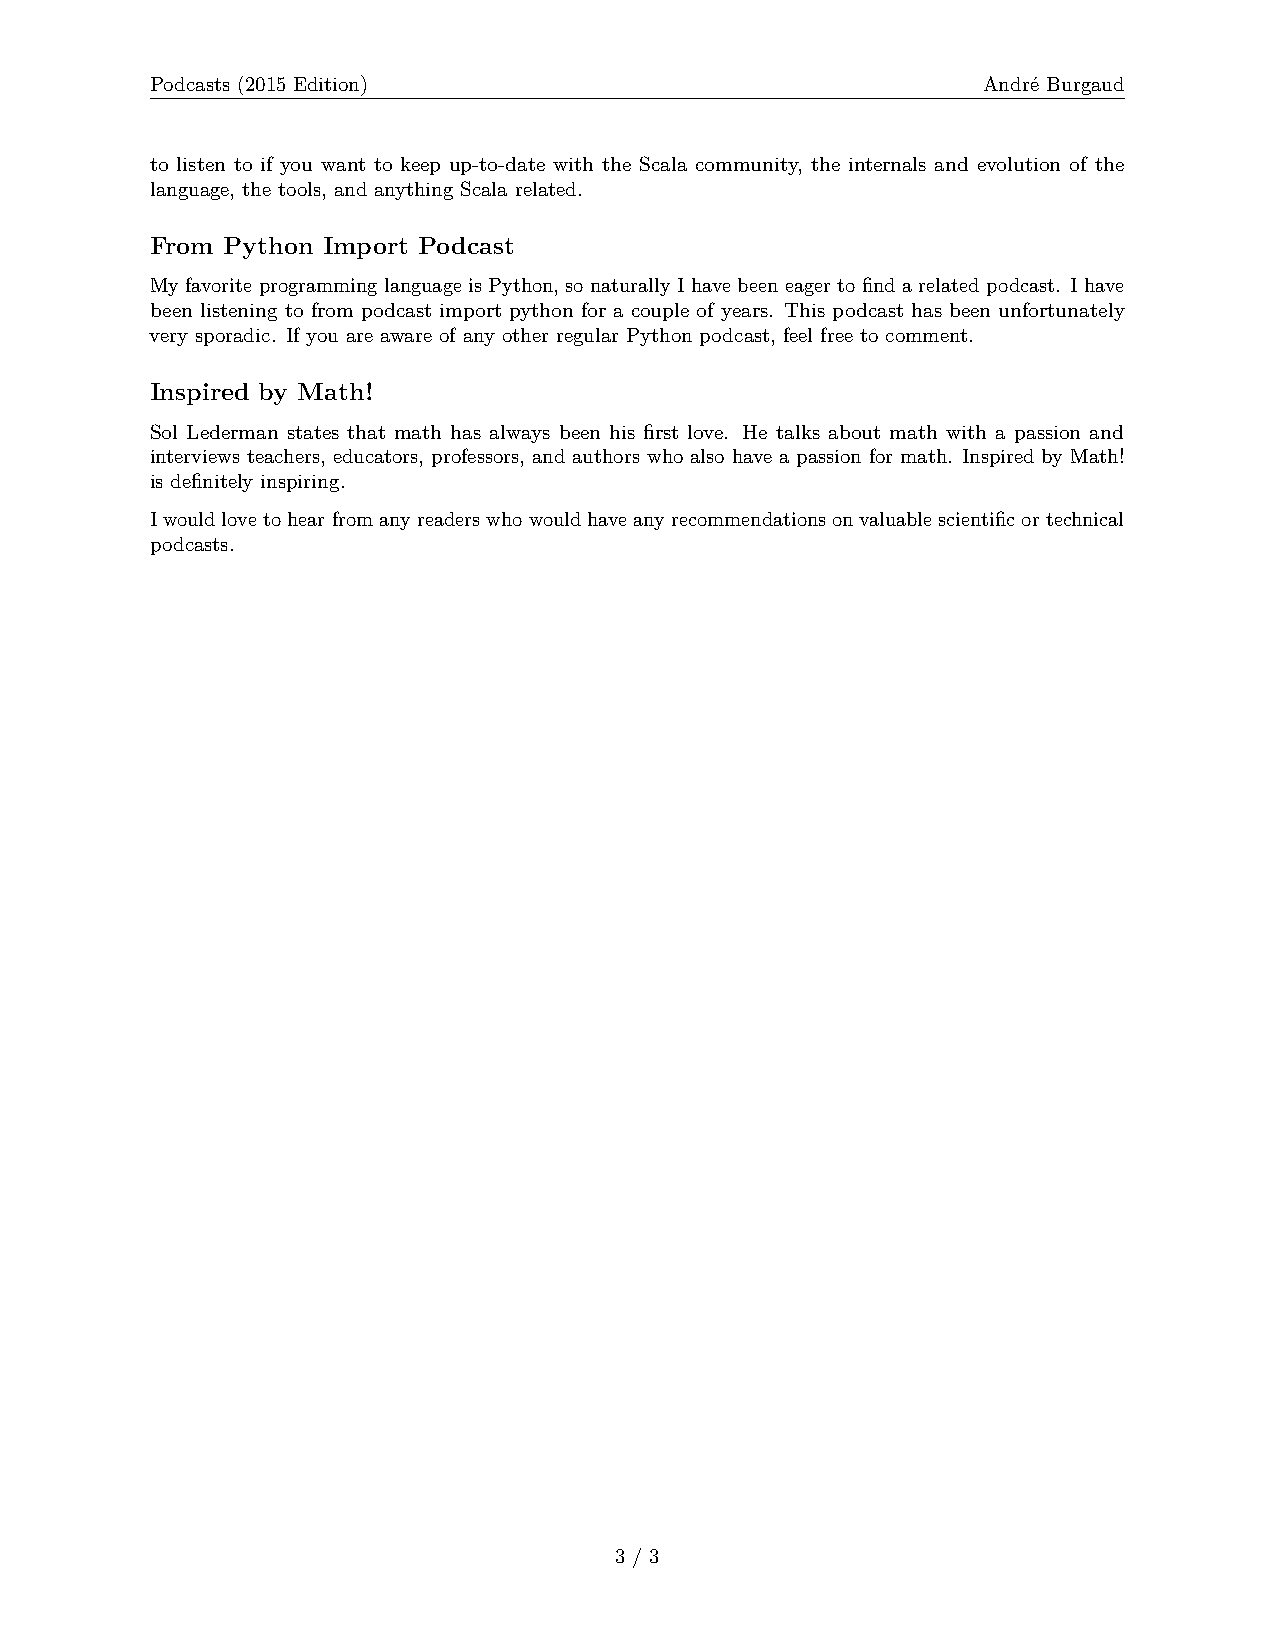
Podcasts (2015 Edition)                                André Burgaud
 to listen to if you want to keep up-to-date with the Scala community, the internals and evolution of the
 language, the tools, and anything Scala related.
 From Python Import Podcast
 My favorite programming language is Python, so naturally I have been eager to find a related podcast. I have
 been listening to from podcast import python for a couple of years. This podcast has been unfortunately
 very sporadic. If you are aware of any other regular Python podcast, feel free to comment.
 Inspired by Math!
 Sol Lederman states that math has always been his first love. He talks about math with a passion and
 interviews teachers, educators, professors, and authors who also have a passion for math. Inspired by Math!
 is definitely inspiring.
 Iwouldlovetohearfromanyreaderswhowouldhaveanyrecommendationsonvaluablescientificortechnical
 podcasts.
 3 / 3